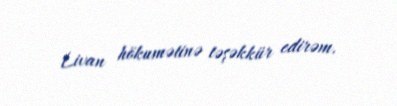
Livan hökumətinə təşəkkür edirəm.